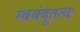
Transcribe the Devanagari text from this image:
स्वयंदूतत्व